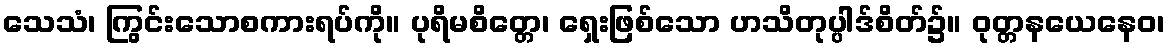
သေသံ၊ ကြွင်းသောစကားရပ်ကို။ ပုရိမစိတ္တေ၊ ရှေးဖြစ်သော ဟသိတုပ္ပါဒ်စိတ်၌။ ဝုတ္တနယေနေဝ၊